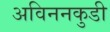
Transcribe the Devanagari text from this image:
अविननकुडी